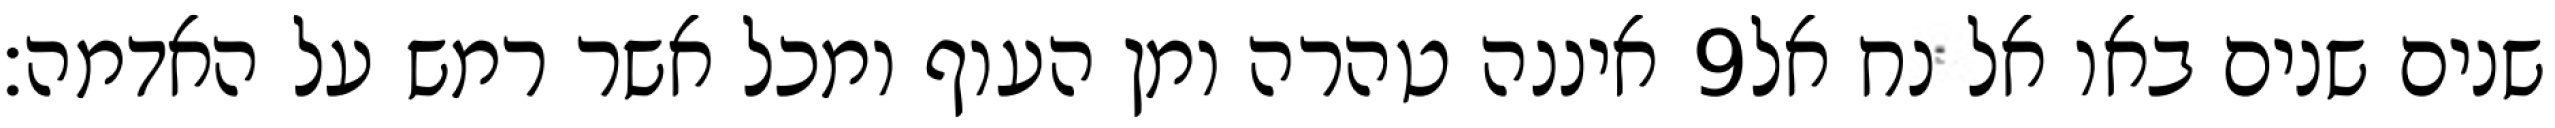
איננה טהרה ומן העוף ומכל אשר רמש על האדמה׃ ‎9‏ שנים שנים באו אל נח אל